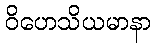
ဝိဟေသိယမာနာ